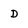
Character: D